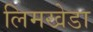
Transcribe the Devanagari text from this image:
लिमखेडा